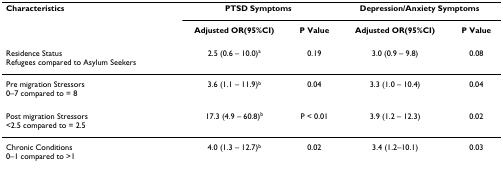
<table><thead><tr><td><b>Characteristics</b></td><td colspan="2"><b>PTSD Symptoms</b></td><td colspan="2"><b>Depression/Anxiety Symptoms</b></td></tr><tr><td></td><td><b>Adjusted OR(95%CI)</b></td><td><b>P Value</b></td><td><b>Adjusted OR(95%CI)</b></td><td><b>P Value</b></td></tr></thead><tbody><tr><td>Residence StatusRefugees compared to Asylum Seekers</td><td>2.5 (0.6 – 10.0)<sup>a</sup></td><td>0.19</td><td>3.0 (0.9 – 9.8)</td><td>0.08</td></tr><tr><td>Pre migration Stressors0–7 compared to = 8</td><td>3.6 (1.1 – 11.9)<sup>b</sup></td><td>0.04</td><td>3.3 (1.0 – 10.4)</td><td>0.04</td></tr><tr><td>Post migration Stressors&lt;2.5 compared to = 2.5</td><td>17.3 (4.9 – 60.8)<sup>b</sup></td><td>P &lt; 0.01</td><td>3.9 (1.2 – 12.3)</td><td>0.02</td></tr><tr><td>Chronic Conditions0–1 compared to &gt;1</td><td>4.0 (1.3 – 12.7)<sup>b</sup></td><td>0.02</td><td>3.4 (1.2–10.1)</td><td>0.03</td></tr></tbody></table>